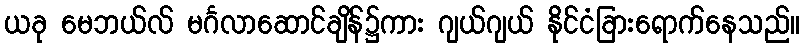
ယခု မေဘယ်လ် မင်္ဂလာဆောင်ချိန်၌ကား ဂျယ်ဂျယ် နိုင်ငံခြားရောက်နေသည်။